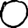
Digit: 0